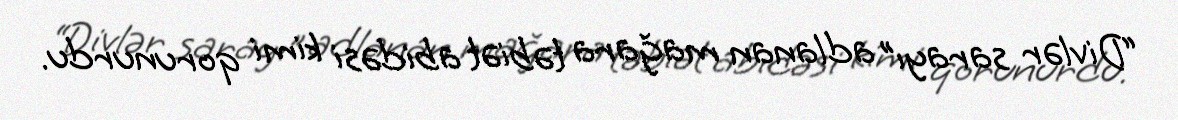
“Divlər sarayı” adlanan mağara təbiət abidəsi kimi qorunurdu.